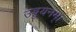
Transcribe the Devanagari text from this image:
उड्डयनम्।